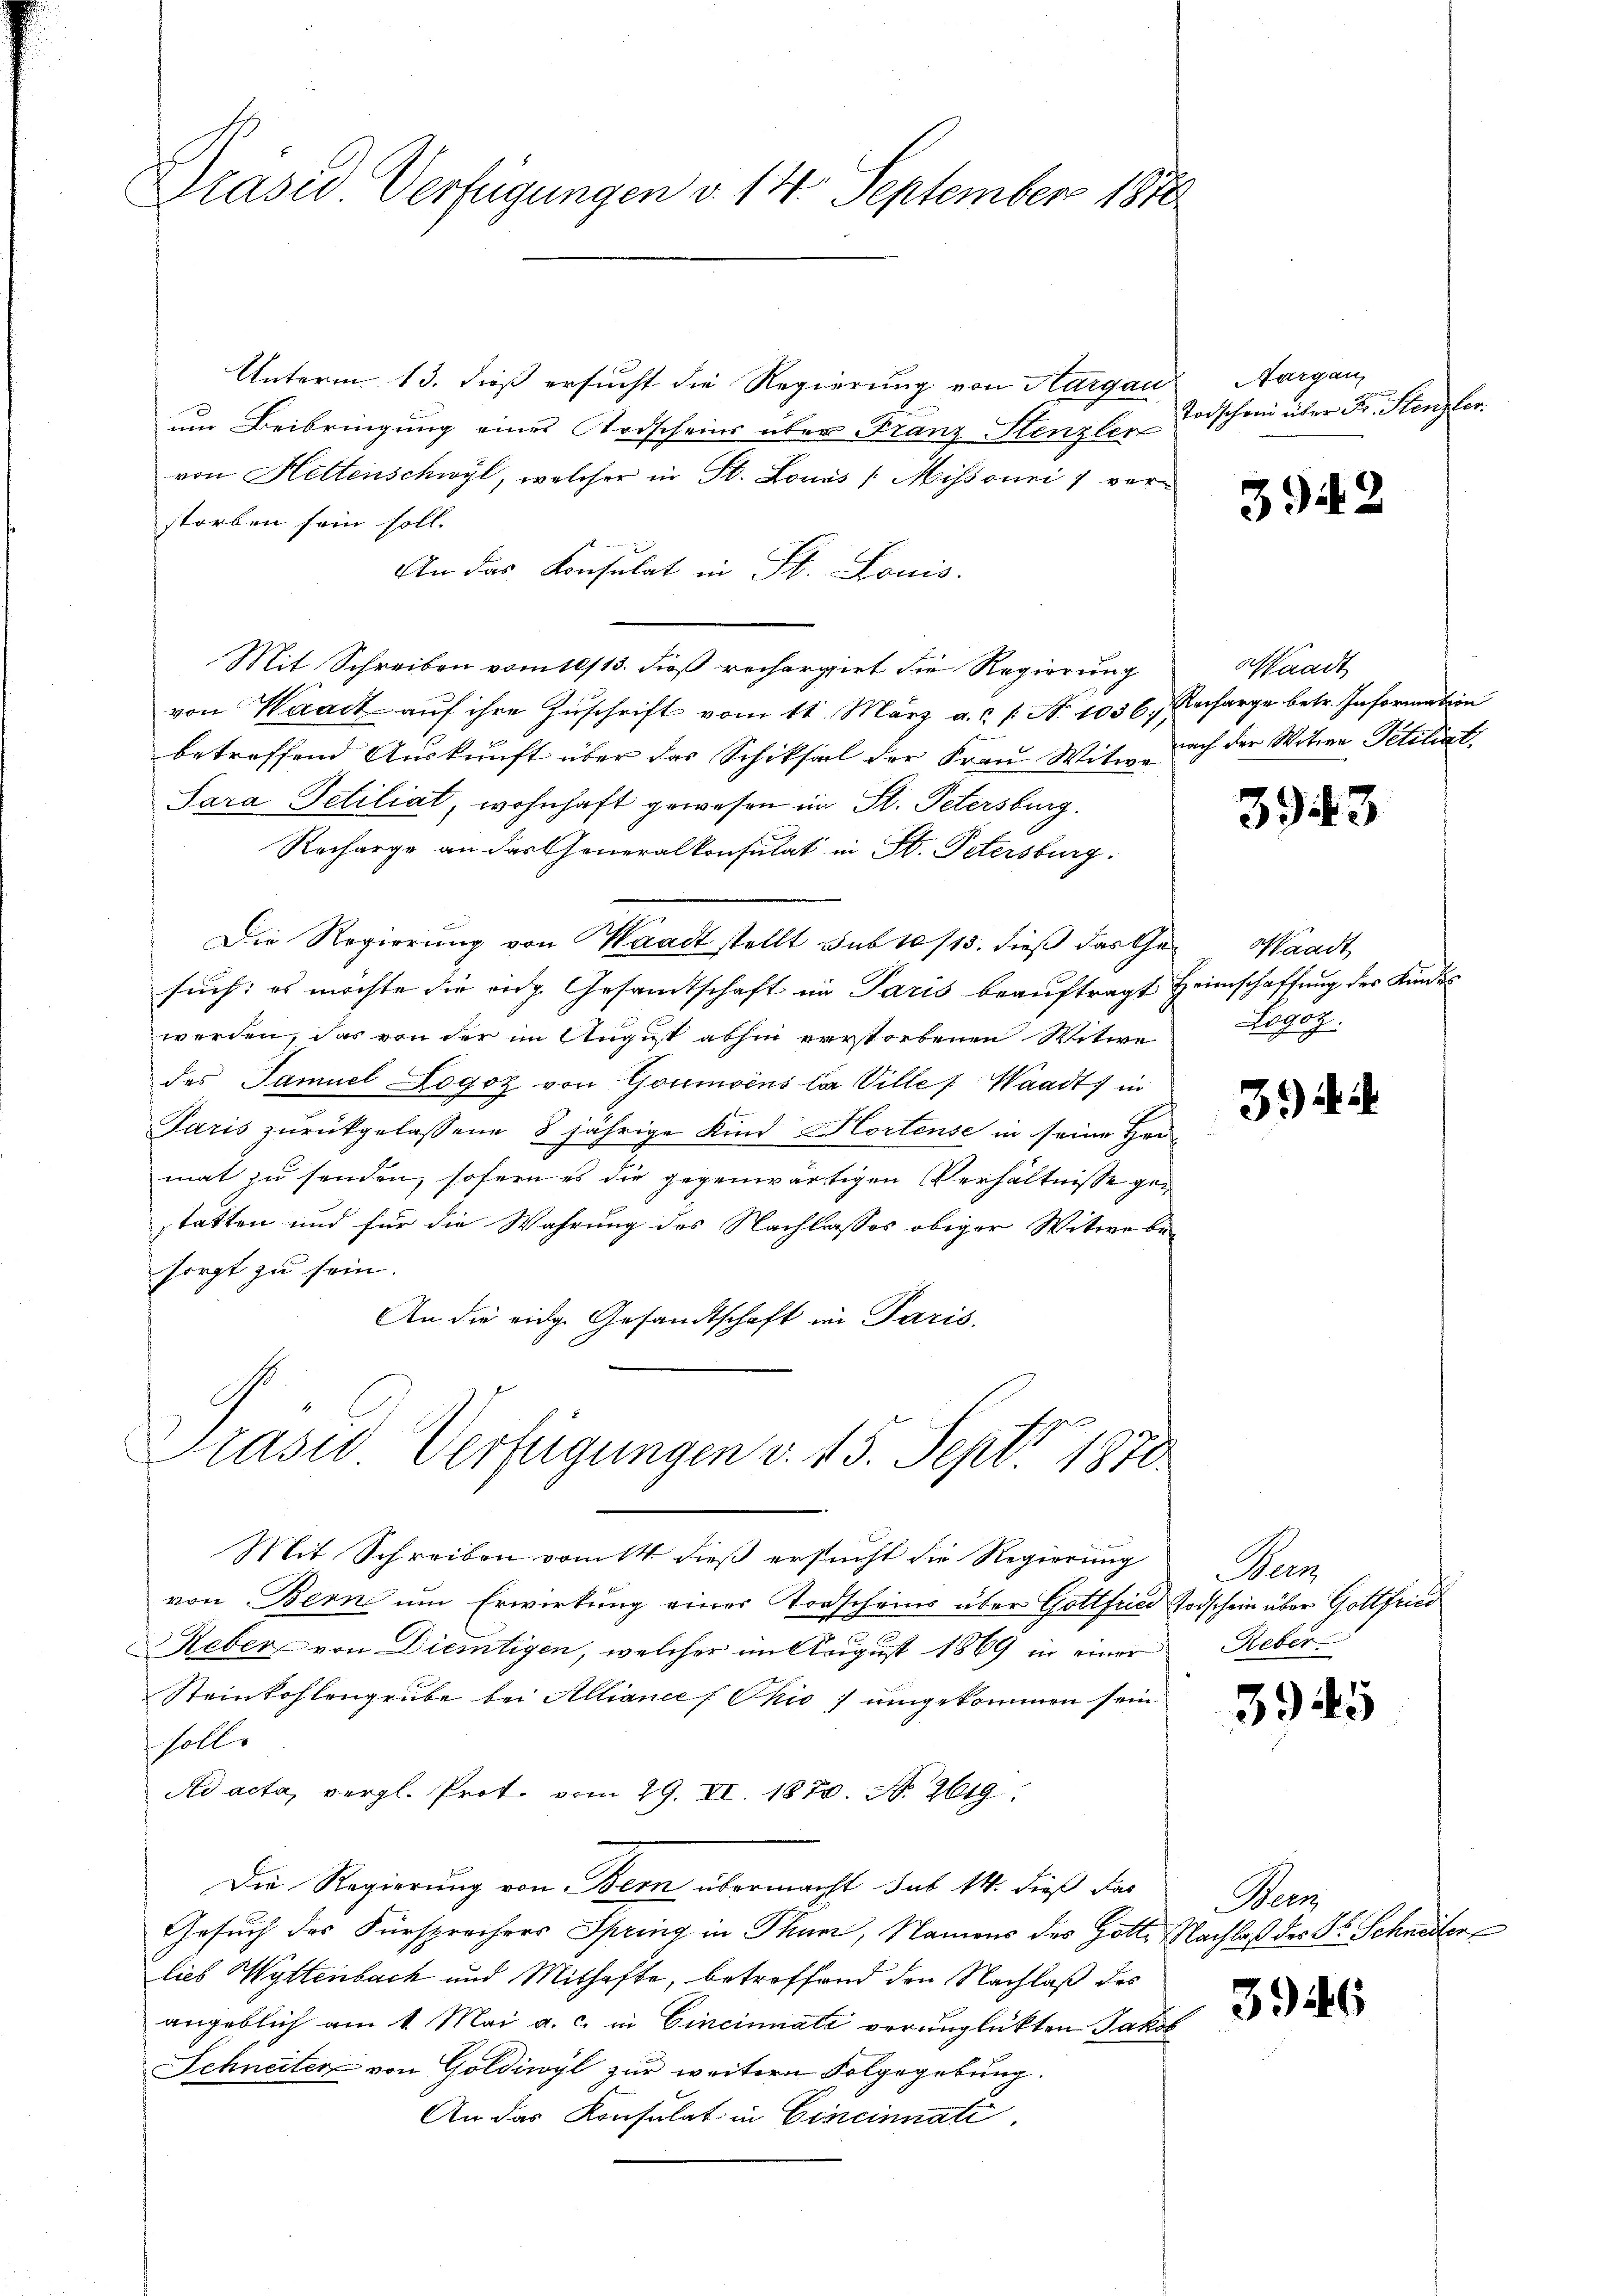
Präses Verfügungen v. 14. September 1890.

Unterm 13. dieß ersucht die Regierung von Aargau
um Beibringung eines Todscheins über Franz Stenzler
von Hettenschwyl, welcher in St. Louis (Mihsouri verstorben sein soll. |
An das Konsulat in St. Louis
Mit Schreiben vom 10/13. dieß rechargirt die Regierung
von Waadt aŭf ihre Zŭschrift vom 11. März a.c. s. N. 1036. Recharge betr. Information
betreffend Aŭskŭnft über das Schiksal der Fraŭ Witt nach der Witwe Petitiat
Sara Setiliat, wohnhaft gewesen in St. Petersburg.
Recharge an das Generalkonsulat in St. Petersburg.
Die Regierung von Waadt stellt sub 10/13. dieß das Gesuch: es möchte die eidg. Gesamtschaft im Paris beauftragt Heimschaffung des Kindes
werden, das von der im August abhin verstorbenen Witwe
des Samuel Logoz von Goumoins la Ville " Waadt in
Paris zurückgelassene 8 jährige Kind Hortense in seine Hei-
mat zu senden, sofern es die gegenwärtigen Verhältnisse gestatten und für die Wahrung des Nachlasses obiger Witwe be-
sorgt zu sein.
An die eidg. Gesandtschaft in Paris.

Präsid Verfügungen v. 15. Sept. 1870.

Mit Schreiben vom 14. dieß ersucht die Regierung
von Bern ŭm Erwirkung einer Todscheins über Gottfried Todschein über Gottfried
Reber von Dietigen, welcher im August 1869 in einer
Steinkohlengrube bei Alliance [Chio umgekommen sein.
soller
Ad acta, vergl. Prot. vom 29. XI. 1870. A. 2619.
Die Regierung von Bern übermacht sub 14. dieß das
Gesuch des Fürsprechers Spring in Thun, Namens des Hotte Nachlaß der Dr. Schneiter
lieb Wyttenbach und Mithafte, betreffend den Nachlaß des
angeblich am 1. Mai a. c. in Cincinnate verunglückten Jakob
Schneiter von Goldiwyl zur weitern Folgegebung.
An das Konsulat in Cincinnati

Aargau,
Todschen über Fr. Stenzler.

3942

Waadt

3943

Waadt
Logoz.

3.4

Men
Reber

3945

Wenn
3946